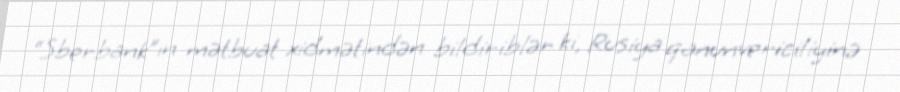
“Sberbank”ın mətbuat xidmətindən bildiriblər ki, Rusiya qanunvericiliyinə